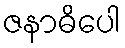
ဇနာဓိပေါ